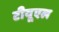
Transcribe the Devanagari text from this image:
टीयूएल